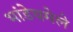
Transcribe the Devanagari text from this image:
भांडेघमेले